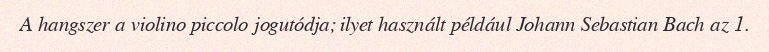
A hangszer a violino piccolo jogutódja; ilyet használt például Johann Sebastian Bach az 1.